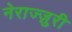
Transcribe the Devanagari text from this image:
नेराज्ज़ुरी